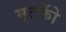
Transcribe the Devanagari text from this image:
मृतकोें